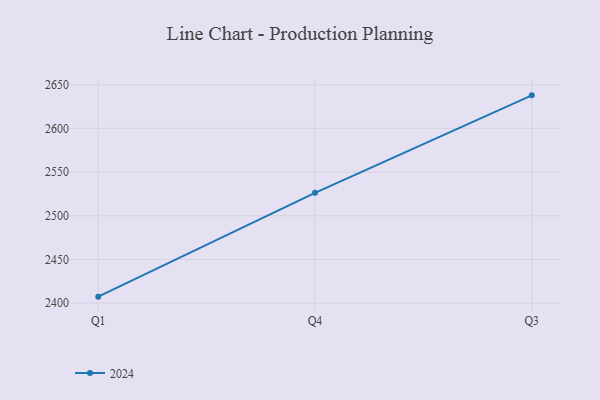
{"axis": {"x": "Quarter", "y": "Population (Million)"}, "legend": ["2024"], "data": [{"x": "Q1", "y": 2407.4, "type": "2024"}, {"x": "Q4", "y": 2526.3, "type": "2024"}, {"x": "Q3", "y": 2637.9, "type": "2024"}]}